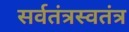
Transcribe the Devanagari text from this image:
सर्वतंत्रस्वतंत्र